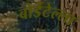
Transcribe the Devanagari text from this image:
बोर्डेटेल्ला